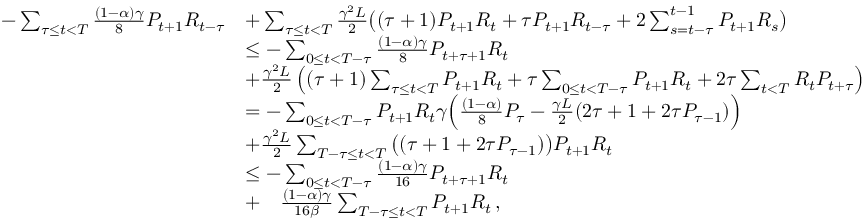
\begin{array} { r l } { - \sum _ { \tau \leq t < T } \frac { ( 1 - \alpha ) \gamma } { 8 } P _ { t + 1 } R _ { t - \tau } } & { + \sum _ { \tau \leq t < T } \frac { \gamma ^ { 2 } L } { 2 } \big ( ( \tau + 1 ) P _ { t + 1 } R _ { t } + \tau P _ { t + 1 } R _ { t - \tau } + 2 \sum _ { s = t - \tau } ^ { t - 1 } P _ { t + 1 } R _ { s } \big ) } \\ & { \leq - \sum _ { 0 \leq t < T - \tau } \frac { ( 1 - \alpha ) \gamma } { 8 } P _ { t + \tau + 1 } R _ { t } } \\ & { + \frac { \gamma ^ { 2 } L } { 2 } \left( ( \tau + 1 ) \sum _ { \tau \leq t < T } P _ { t + 1 } R _ { t } + \tau \sum _ { 0 \leq t < T - \tau } P _ { t + 1 } R _ { t } + 2 \tau \sum _ { t < T } R _ { t } P _ { t + \tau } \right) } \\ & { = - \sum _ { 0 \leq t < T - \tau } P _ { t + 1 } R _ { t } \gamma \Big ( \frac { ( 1 - \alpha ) } { 8 } P _ { \tau } - \frac { \gamma L } { 2 } ( 2 \tau + 1 + 2 \tau P _ { \tau - 1 } ) \Big ) } \\ & { + \frac { \gamma ^ { 2 } L } { 2 } \sum _ { T - \tau \leq t < T } \big ( ( \tau + 1 + 2 \tau P _ { \tau - 1 } ) \big ) P _ { t + 1 } R _ { t } } \\ & { \leq - \sum _ { 0 \leq t < T - \tau } \frac { ( 1 - \alpha ) \gamma } { 1 6 } P _ { t + \tau + 1 } R _ { t } } \\ & { + \quad \frac { ( 1 - \alpha ) \gamma } { 1 6 \beta } \sum _ { T - \tau \leq t < T } P _ { t + 1 } R _ { t } \, , } \end{array}